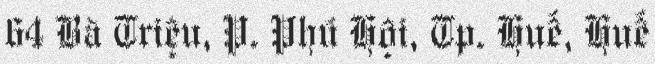
64 Bà Triệu, P. Phú Hội, Tp. Huế, Huế